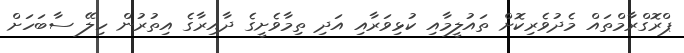
ޕްރޮގްރާމްތައް މެދުވެރިކޮށް ތައުލީމާއި ކުޅިވަރާއި އަދި ތިމާވެށީގެ ދާއިރާގެ އިތުރުން ހިލޭ ސާބަހަށް